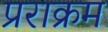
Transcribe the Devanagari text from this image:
प्रराक्रम